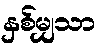
နှစ်မျှသာ